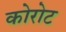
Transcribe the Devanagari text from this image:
कोरोट